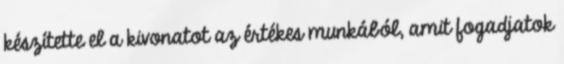
készítette el a kivonatot az értékes munkából, amit fogadjatok